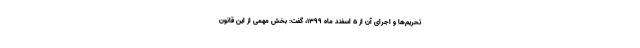
تحریم‌ها و اجرای آن از ۵ اسفند ماه ۱۳۹۹، گفت: بخش مهمی از این قانون